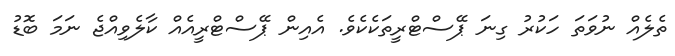
ތެލެއް ނުވަތަ ހަކުރު ގިނަ ޕޭސްޓްރީތަކެކެވެ. އެއިން ޕޭސްޓްރީއެއް ކާލެވިއްޖެ ނަމަ ބޮޑު